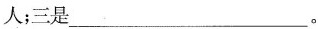
人；三是_______________。